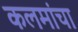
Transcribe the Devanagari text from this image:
कलमांचा